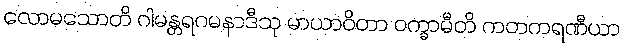
လောမသောတိ ဂါမန္တရဂမနာဒီသု မာယာဝိတာ ဝက္ခာမီတိ ကတကရဏီယာ